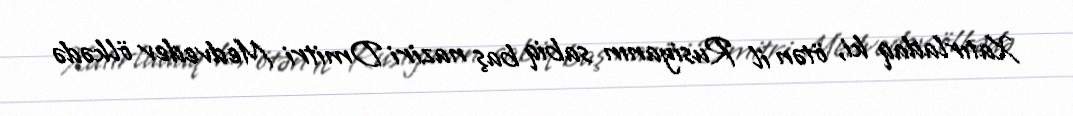
Xatırladaq ki, ötən il Rusiyanın sabiq baş naziri Dmitri Medvedev ölkədə